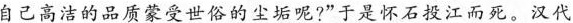
自己高洁的品质蒙受世俗的尘垢呢?”于是怀石投江而死。汉代